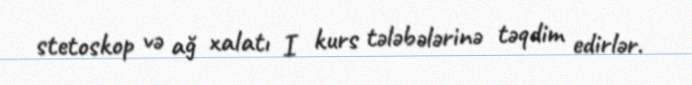
stetoskop və ağ xalatı I kurs tələbələrinə təqdim edirlər.